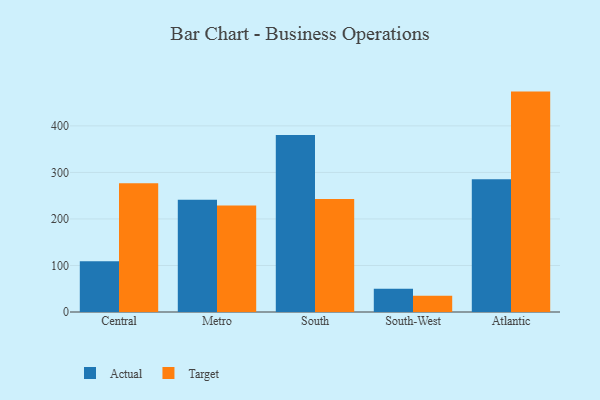
{"axis": {"x": "Region", "y": "Budget (USD K)"}, "legend": ["Actual", "Target"], "data": [{"x": "Central", "y": 109.2, "type": "Actual"}, {"x": "Central", "y": 276.9, "type": "Target"}, {"x": "Metro", "y": 241.5, "type": "Actual"}, {"x": "Metro", "y": 228.9, "type": "Target"}, {"x": "South", "y": 380.6, "type": "Actual"}, {"x": "South", "y": 242.8, "type": "Target"}, {"x": "South-West", "y": 50.0, "type": "Actual"}, {"x": "South-West", "y": 35.1, "type": "Target"}, {"x": "Atlantic", "y": 285.1, "type": "Actual"}, {"x": "Atlantic", "y": 473.7, "type": "Target"}]}